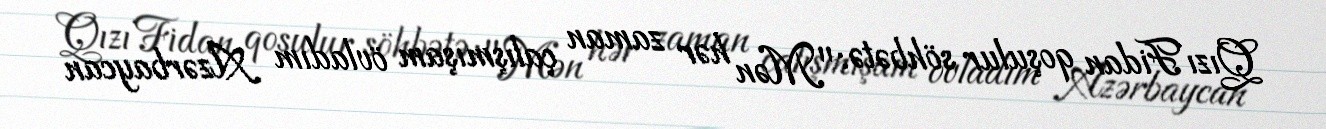
Qızı Fidan qoşulur söhbətə: "Mən hər zaman çalışmışam övladım Azərbaycan